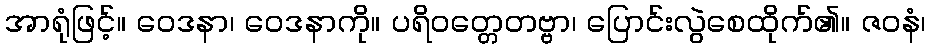
အာရုံဖြင့်။ ဝေဒနာ၊ ဝေဒနာကို။ ပရိဝတ္တေတဗ္ဗာ၊ ပြောင်းလွဲစေထိုက်၏။ ဇဝနံ၊